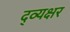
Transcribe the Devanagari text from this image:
द्व्यक्षर